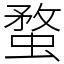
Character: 蝥